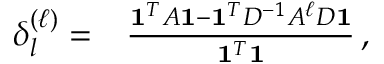
\begin{array} { r l } { \delta _ { l } ^ { ( \ell ) } = } & { { } \frac { \mathbf { 1 } ^ { T } A \mathbf { 1 } - \mathbf { 1 } ^ { T } D ^ { - 1 } A ^ { \ell } D \mathbf { 1 } } { \mathbf { 1 } ^ { T } \mathbf { 1 } } \, , } \end{array}